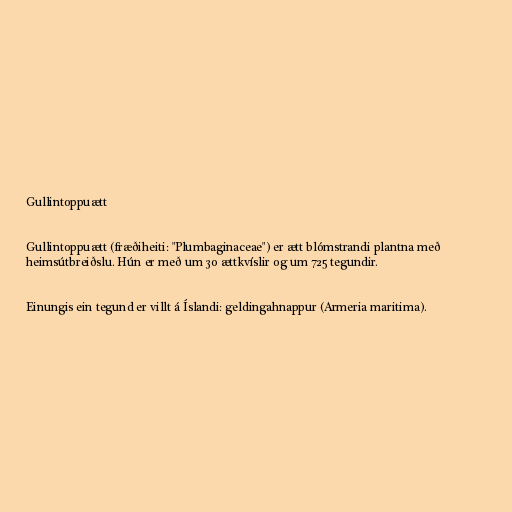
Gullintoppuætt

Gullintoppuætt (fræðiheiti: "Plumbaginaceae") er ætt blómstrandi plantna með
heimsútbreiðslu. Hún er með um 30 ættkvíslir og um 725 tegundir.

Einungis ein tegund er villt á Íslandi: geldingahnappur (Armeria maritima).